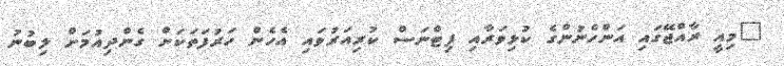
"މިއީ ރާއްޖޭގައި އަންހެނުންގެ ކުޅިވަރާއި ފިޓްނަސް ކުރިއަރުވައި އެހެން ހަރުފަތަކަށް ގެންދިއުމަށް ލިބުނު